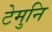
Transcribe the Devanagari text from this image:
टेमुनि